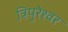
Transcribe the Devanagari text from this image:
त्रिपुरेश्वर